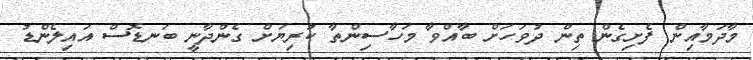
މާދަމާއިން ފެށިގެން ތިން ދުވަހަށް ބާއްވާ މަހާސިންތާ ކުރިޔަށް ގެންދާނީ ބަނޑޮސް އައިލެންޑު